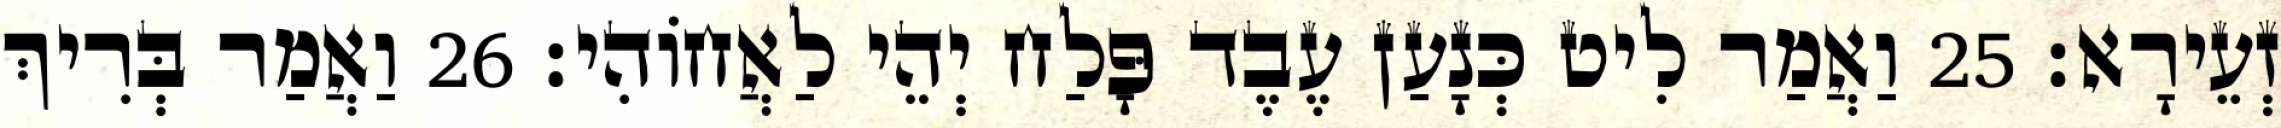
זְעֵירָא׃ 25 וַאֲמַר לִיט כְּנָעַן עֶבֶד פָּלַח יְהֵי לַאֲחוֹהִי׃ 26 וַאֲמַר בְּרִיךְ